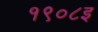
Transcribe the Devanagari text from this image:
१९०८इ